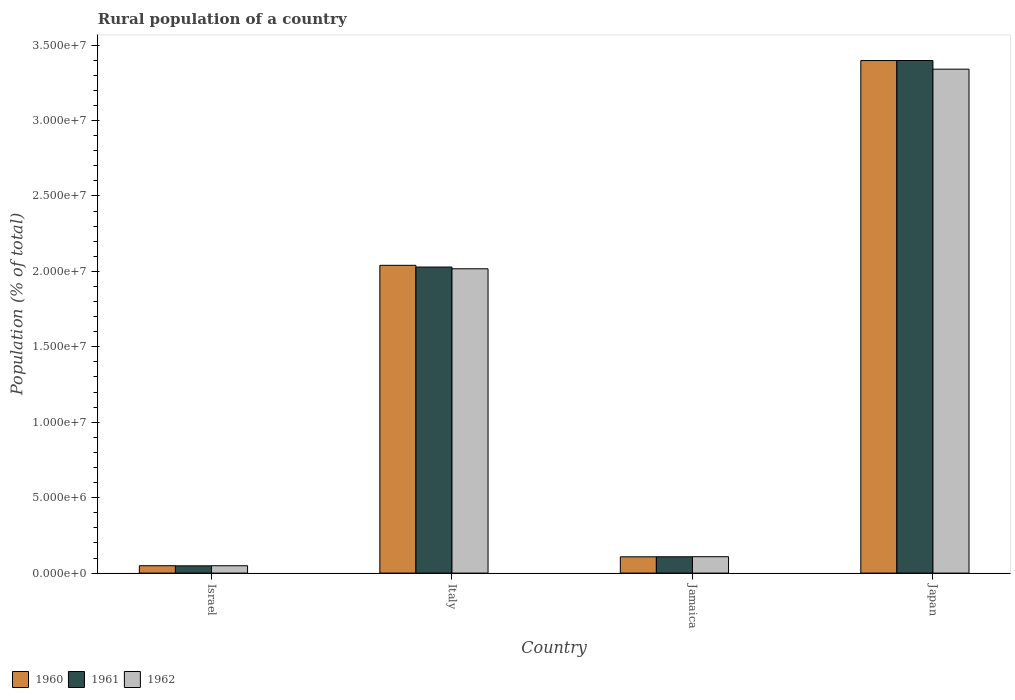
| Country | 1960 | 1961 | 1962 |
 | --- | --- | --- | --- |
 | Israel | 4.89e+05 | 4.81e+05 | 4.87e+05 |
 | Italy | 2.04e+07 | 2.03e+07 | 2.02e+07 |
 | Jamaica | 1.08e+06 | 1.08e+06 | 1.09e+06 |
 | Japan | 3.4e+07 | 3.4e+07 | 3.34e+07 |